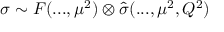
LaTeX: \sigma \sim F ( . . . , \mu ^ { 2 } ) \otimes \hat { \sigma } ( . . . , \mu ^ { 2 } , Q ^ { 2 } )